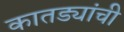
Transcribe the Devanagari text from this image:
कातड्यांची